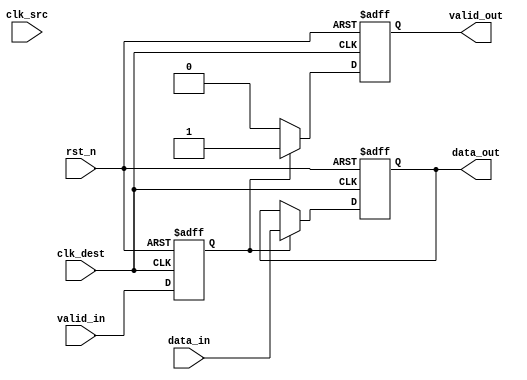
module MemoryBlocksHandshakeSynchronizer #(
    parameter DATA_WIDTH = 8,  // Parameter for data bus width
    parameter RESET_ACTIVE_LOW = 1  // Active low reset; set to 0 for active high
)(
    input wire [DATA_WIDTH-1:0] data_in,    // Input data from source clock domain
    input wire valid_in,                     // Input valid signal from source clock domain
    input wire clk_src,                      // Clock signal for source domain
    input wire clk_dest,                     // Clock signal for destination domain
    input wire rst_n,                        // Asynchronous reset (active low or high based on parameter)
    
    output reg [DATA_WIDTH-1:0] data_out,   // Synchronized output data
    output reg valid_out                      // Synchronized valid signal
);

    // Internal signals for synchronization
    reg valid_in_sync_ff1;
    reg valid_in_sync_ff2;

    // Asynchronous reset and synchronization process for valid_in
    always @(posedge clk_dest or negedge rst_n) begin
        if (!rst_n) begin
            valid_in_sync_ff1 <= 1'b0;
            valid_in_sync_ff2 <= 1'b0;
        end else begin
            valid_in_sync_ff1 <= valid_in_sync_ff2;  // First stage in sync domain
            valid_in_sync_ff2 <= valid_in;            // Capture valid_in from source
        end
    end

    // Data transfer logic
    always @(posedge clk_dest or negedge rst_n) begin
        if (!rst_n) begin
            data_out <= {DATA_WIDTH{1'b0}};
            valid_out <= 1'b0;
        end else begin
            if (valid_in_sync_ff2) begin
                data_out <= data_in;  // Latch data_in when valid_in is asserted
                valid_out <= 1'b1;    // Assert valid_out once data is latched
            end else begin
                valid_out <= 1'b0;     // De-assert valid_out if valid_in_sync_ff2 is not asserted
            end
        end
    end

endmodule